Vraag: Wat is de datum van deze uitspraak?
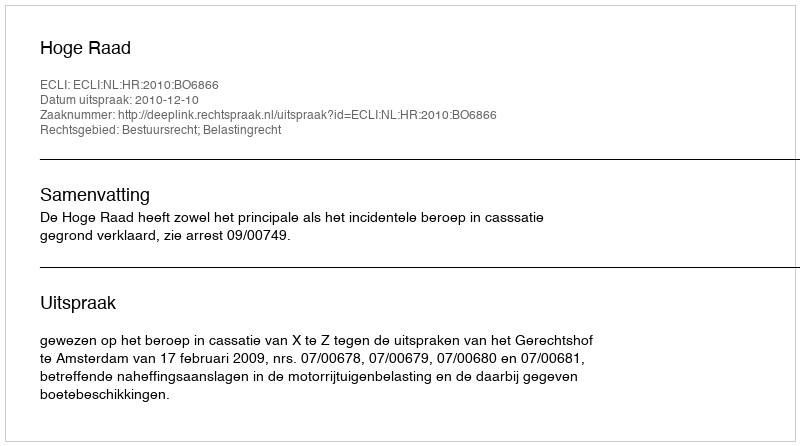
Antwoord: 2010-12-10